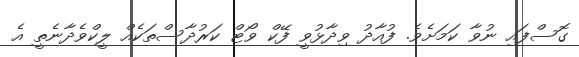
ގޮސްފައި ނުވާ ކަމަށެވެ. ފުއާދު ވިދާޅުވީ ފޭކް ވޯޓް ކަރުދާސްތަކެއް ލީކްވެދާނެތީ އެ